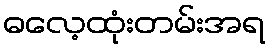
ဓလေ့ထုံးတမ်းအရ